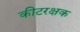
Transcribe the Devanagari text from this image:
कीटरक्षक